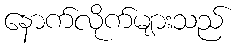
နောက်လိုက်များသည်